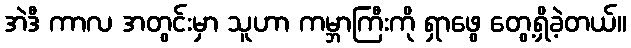
အဲဒီ ကာလ အတွင်းမှာ သူဟာ ကမ္ဘာကြီးကို ရှာဖွေ တွေ့ရှိခဲ့တယ်။